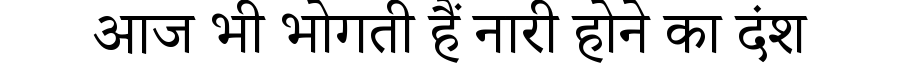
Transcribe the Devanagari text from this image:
आज भी भोगती हैं नारी होने का दंश